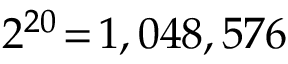
2 ^ { 2 0 } \! = \! 1 , 0 4 8 , 5 7 6